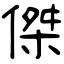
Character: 傑